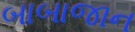
બાબાજાન